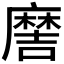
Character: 𫜖